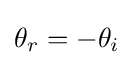
\theta _{r}=-\theta _{i}